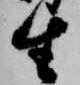
生